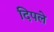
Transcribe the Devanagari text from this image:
दिपले